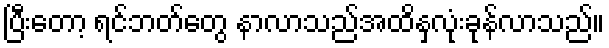
ပြီးတော့ ရင်ဘတ်တွေ နာလာသည်အထိနှလုံးခုန်လာသည်။